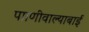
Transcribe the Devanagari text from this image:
पााणीवाल्याबाई